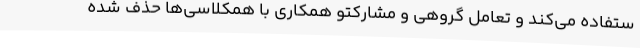
ستفاده می‌کند و تعامل گروهی و مشارکتو همکاری با همکلاسی‌ها حذف شده